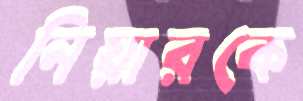
নিয়ারকে